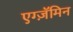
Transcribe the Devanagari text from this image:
एग्ज़ॅमिन